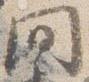
間